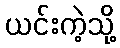
ယင်းကဲ့သို့